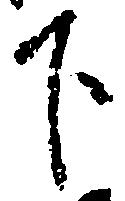
下